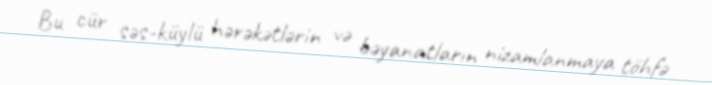
Bu cür səs-küylü hərəkətlərin və bəyanatların nizamlanmaya töhfə